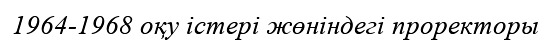
1964-1968 оқу істері жөніндегі проректоры